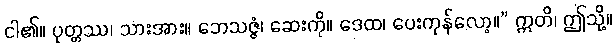
ငါ၏။ ပုတ္တဿ၊ သားအား။ ဘေသဇ္ဇံ၊ ဆေးကို။ ဒေထ၊ ပေးကုန်လော့။” ဣတိ၊ ဤသို့။